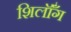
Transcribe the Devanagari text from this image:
शिलॉँग